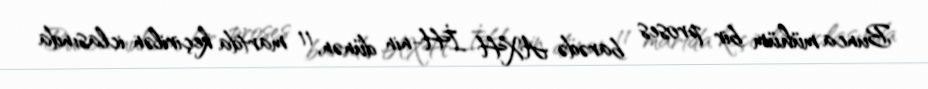
Bunca mühüm bir proses barədə AXH İH-nin dünən, 11 martda keçirilən iclasında